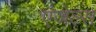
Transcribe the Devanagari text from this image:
एंजेल्‍स